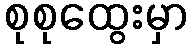
စုစုထွေးမှာ